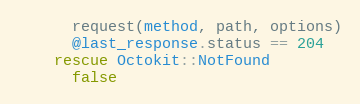
Language: Ruby
      request(method, path, options)
      @last_response.status == 204
    rescue Octokit::NotFound
      false